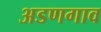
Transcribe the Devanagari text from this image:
अडणगाव